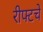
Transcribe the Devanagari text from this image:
रीफ्टचे